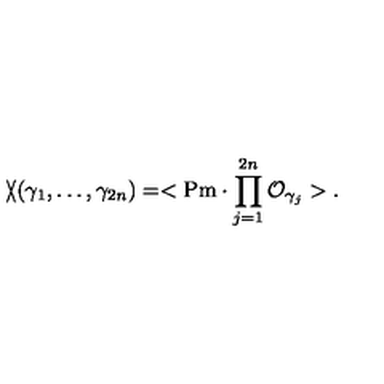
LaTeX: \backslash \! \! \! \slash ( \gamma _ { 1 } , \ldots , \gamma _ { 2 n } ) = < \mathrm { P m } \cdot \prod _ { j = 1 } ^ { 2 n } { \cal O } _ { \gamma _ { j } } > .